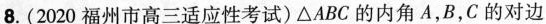
8.(2020福州市高三适应性考试)△ABC的内角A，B，C的对边